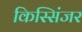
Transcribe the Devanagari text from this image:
किस्सिंजर